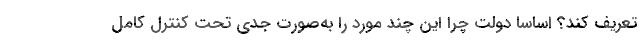
تعریف کند؟ اساسا دولت چرا این چند مورد را به‌صورت جدی تحت کنترل کامل